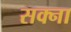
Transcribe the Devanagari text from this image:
सक्ना